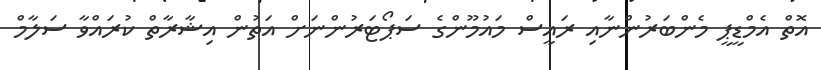
އޮތް އެމްޑީޕީ މެންބަރުންނާއި ރައީސް މައުމޫންގެ ސަޕޯޓަރުންނަށް އަތުން އިޝާރާތް ކުރައްވާ ސަލާމް